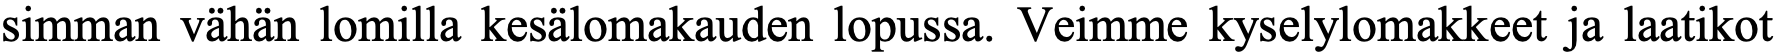
simman vähän lomilla kesälomakauden lopussa. Veimme kyselylomakkeet ja laatikot